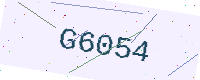
Text: G6054